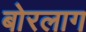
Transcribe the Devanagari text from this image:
बोरलाग